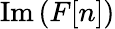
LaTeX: \operatorname{Im}{(F[n])}